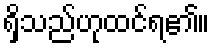
ရှိသည်ဟုထင်ရ၏။